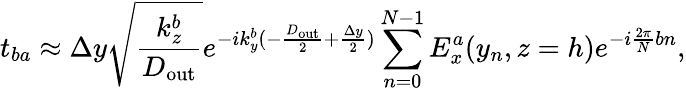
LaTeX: t_{ba}\approx\Delta y\sqrt{\frac{k_{z}^{b}}{D_{\mathrm{out}}}}e^{-ik_{y}^{b}(-\frac{D_{\mathrm{out}}}{2}+\frac{\Delta y}{2})}\sum_{n=0}^{N-1}E_{x}^{a}(y_{n},z=h)e^{-i\frac{2\pi}{N}bn},